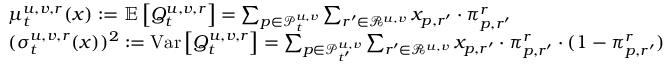
\begin{array} { r l } & { { \mu } _ { t } ^ { u , v , r } ( \boldsymbol { x } ) : = \mathbb { E } \left[ Q _ { t } ^ { u , v , r } \right] = \sum _ { p \in \mathcal { P } _ { t } ^ { u , v } } \sum _ { r ^ { \prime } \in \mathcal { R } ^ { u , v } } x _ { p , r ^ { \prime } } \cdot \pi _ { p , r ^ { \prime } } ^ { r } } \\ & { ( { \sigma } _ { t } ^ { u , v , r } ( \boldsymbol { x } ) ) ^ { 2 } : = \mathrm { V a r } \left[ Q _ { t } ^ { u , v , r } \right] = \sum _ { p \in \mathcal { P } _ { t ^ { \prime } } ^ { u , v } } \sum _ { r ^ { \prime } \in \mathcal { R } ^ { u , v } } x _ { p , r ^ { \prime } } \cdot \pi _ { p , r ^ { \prime } } ^ { r } \cdot ( 1 - \pi _ { p , r ^ { \prime } } ^ { r } ) } \end{array}